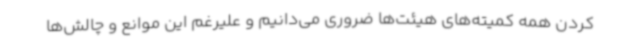
کردن همه کمیته‌های هیئت‌ها ضروری می‌دانیم و علیرغم این موانع و چالش‌ها